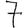
Digit: 7